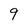
Character: 9